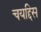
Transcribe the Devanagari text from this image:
चयद्दिस